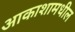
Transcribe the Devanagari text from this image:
आकाशामधील